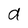
Character: d